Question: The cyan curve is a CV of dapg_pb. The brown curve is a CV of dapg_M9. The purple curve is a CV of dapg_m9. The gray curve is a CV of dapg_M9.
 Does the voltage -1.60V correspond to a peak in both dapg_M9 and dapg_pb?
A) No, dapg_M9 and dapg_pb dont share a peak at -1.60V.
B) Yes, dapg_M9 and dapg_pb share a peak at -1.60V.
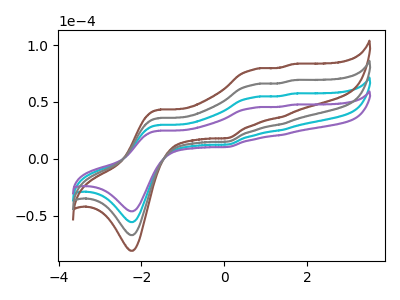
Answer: <think>The cyan curve "dapg_pb" has anodic peaks at (-1.60V, 29.65uA) (0.70V, 53.85uA) (1.40V, 25.15uA) (1.65V, 57.20uA) and cathodic peaks at (-2.20V, -55.65uA) (0.10V, 12.50uA). The brown curve "dapg_M9" has anodic peaks at (-1.60V, 89.00uA) (0.70V, 161.60uA) (1.40V, 75.50uA) (1.65V, 171.55uA) and cathodic peaks at (-2.20V, -167.00uA) (0.10V, 37.45uA). The purple curve "dapg_m9" has anodic peaks at (-1.60V, 24.60uA) (0.70V, 44.70uA) (1.40V, 20.90uA) (1.65V, 47.45uA) and cathodic peaks at (-2.20V, -46.15uA) (0.10V, 10.35uA). The gray curve "dapg_M9" has anodic peaks at (-1.60V, 59.30uA) (0.70V, 107.75uA) (1.40V, 50.35uA) (1.65V, 114.35uA) and cathodic peaks at (-2.20V, -111.30uA) (0.10V, 24.95uA).</think>
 <answer>B) Yes, "dapg_M9" and "dapg_pb" share a peak at -1.60V.</answer>
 <eval>B</eval>